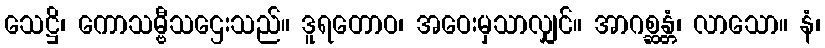
သေဋ္ဌိ၊ ကောသမ္ဗီသဌေးသည်။ ဒူရတောဝ၊ အဝေးမှသာလျှင်။ အာဂစ္ဆန္တံ၊ လာသော။ နံ၊